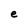
Character: e